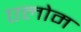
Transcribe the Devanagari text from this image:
एलोम